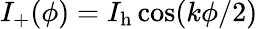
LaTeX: I_{+}(\phi)=I_{\mathrm{h}}\cos(k\phi/2)